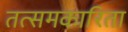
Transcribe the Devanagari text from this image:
तत्समकारिता